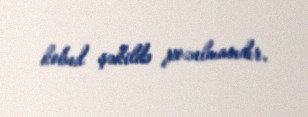
kobud şəkildə pozulmasıdır.